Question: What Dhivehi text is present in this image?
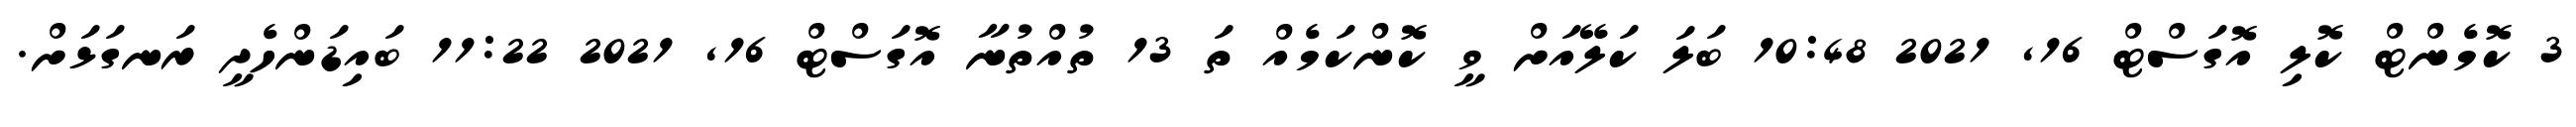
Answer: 3 ކޮމެންޓް ކޮލި އޮގަސްޓް 16, 2021 10:48 ބަލަ ކަލޭއަށް ވީ ކޮންކަމެއް ތަ 13 ތުއްތުނާ އޮގަސްޓް 16, 2021 11:22 ބައިޑަންހެދީ ރަނގަޅަށް.